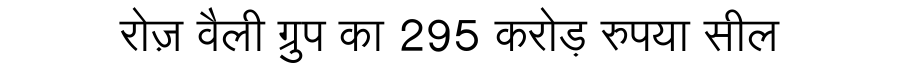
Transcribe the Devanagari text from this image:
रोज़ वैली ग्रुप का 295 करोड़ रुपया सील